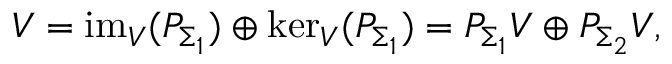
V = \mathrm { i m } _ { V } ( P _ { \Sigma _ { 1 } } ) \oplus \mathrm { k e r } _ { V } ( P _ { \Sigma _ { 1 } } ) = P _ { \Sigma _ { 1 } } V \oplus P _ { \Sigma _ { 2 } } V ,